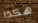
هكذا